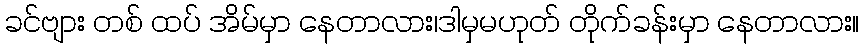
ခင်ဗျား တစ် ထပ် အိမ်မှာ နေတာလား၊ဒါမှမဟုတ် တိုက်ခန်းမှာ နေတာလား။